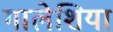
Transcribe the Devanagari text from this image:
गालेशिया